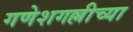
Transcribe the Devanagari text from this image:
गणेशगल्लीच्या